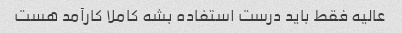
عالیه فقط باید درست استفاده بشه کاملا کارآمد هست